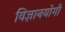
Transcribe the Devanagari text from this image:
विज्ञानयोगी